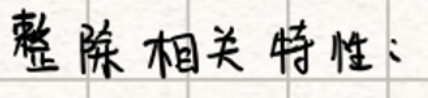
整体相关特性：